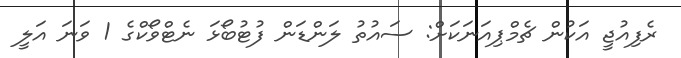
ރެފިއުޖީ އަކުން ޗެމްޕިއަނަކަށް: ސައުތު ލަންޑަން ފުޓުބޯޅަ ނެޓްވޯކްގެ 1 ވަނަ އަލީ